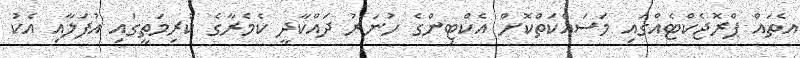
އެތައް ޕްރޮޖެކްޓެއްގައި މަސައްކަތްކޮށް އެކްޓިންގެ ހުނަރު ދައްކާދީ ކެމެރާގެ ކުރިމަތީގައި އުފަލާއި އެކު